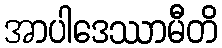
အာပါဒေဿာမီတိ